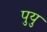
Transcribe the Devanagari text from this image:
पुयु